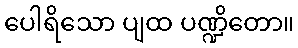
ပေါရိသော ပျထ ပဏ္ဍိတော။